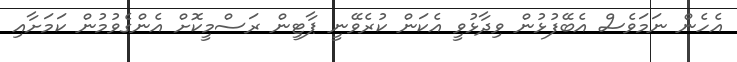
އެހެން ނަމަވެސް އެބޭފުޅުން ވިދާޅުވީ އެކަން ކުރެވޭނީ ޕާޓީން ރަސްމީކޮށް އެންގެވުމުން ކަމަށާއި